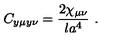
C _ { y \mu y \nu } = { \frac { 2 \chi _ { \mu \nu } } { l a ^ { 4 } } } \ .